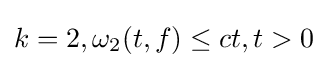
k=2,\omega _{2}(t,f)\leq ct,t>0